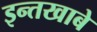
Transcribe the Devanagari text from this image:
इन्तखाबे